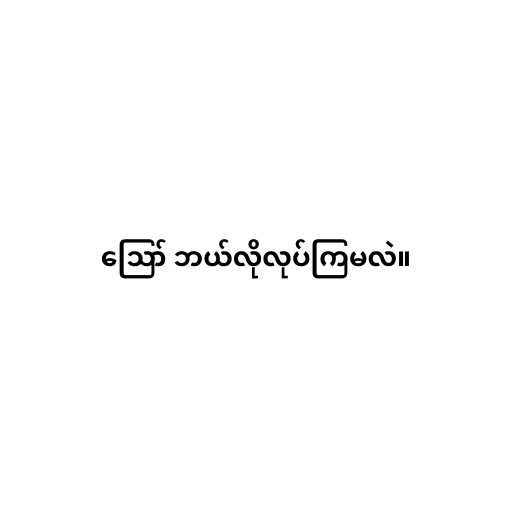
ဪ ဘယ်လိုလုပ်ကြမလဲ။